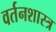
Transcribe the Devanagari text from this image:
वर्तनशास्त्र